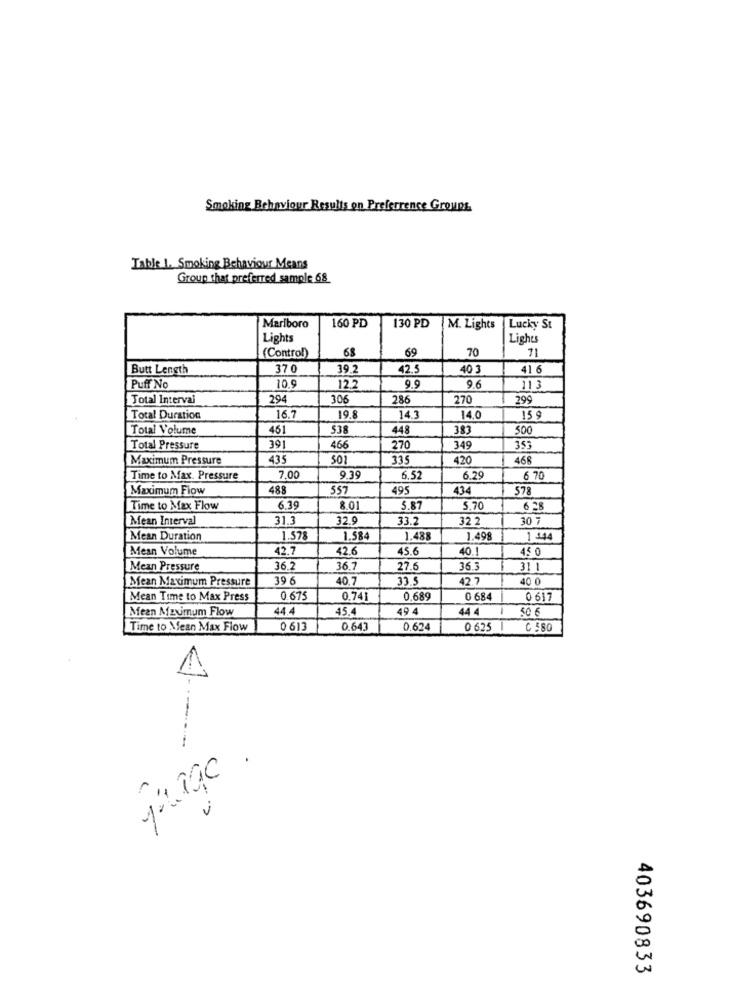
Smoking Behaviour Results on Preferrence Groups
Table 1. Smoking Behaviour Means
Group that preferred sample 68
160 PD
130 PD
Marlboro
M. Lights
Lucky St
Lights
Lights
(Control)
68
69
70
11
Butt Length
370
39.2
42.5
40 3
41 6
Puff No
10.9
12.2
9.9
9.6
11 3
Total Interval
294
306
286
270
299
Total Duration
16.7
19.8
14.3
14.0
15 9
Total Volume
451
538
448
383
500
Total Pressure
391
466
270
349
353
Maximum Pressure
435
501
335
420
468
Time to Max. Pressure
7.00
9.39
6.52
6.29
6 70
Maximum Flow
488
557
495
434
578
Time to Max Flow
6.39
8.01
5.87
5.70
Mean Interval
31.3
32.9
33.2
32.2
30 7
Mean Duration
1.578
1.584
1.488
1.498
1 344
Mean Volume
42.7
42.6
45.6
40.1
45 0
Mean Pressure
36.2
36.7
27.6
36.3
31 1
Mean Maximum Pressure
39 6
40.7
33.
42.7
40 0
Mean Time to Max Press
0.675
0.741
0.689
0 684
0 617
Mean Maximum Flow
44.4
45.4
49 4
44 4
50 6
Time to Mean Max Flow
0 613
0.643
0.624
0 625
1
.
1%
403690833